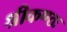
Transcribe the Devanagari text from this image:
श्रीकण्ठः